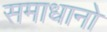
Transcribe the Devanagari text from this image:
समाधानो